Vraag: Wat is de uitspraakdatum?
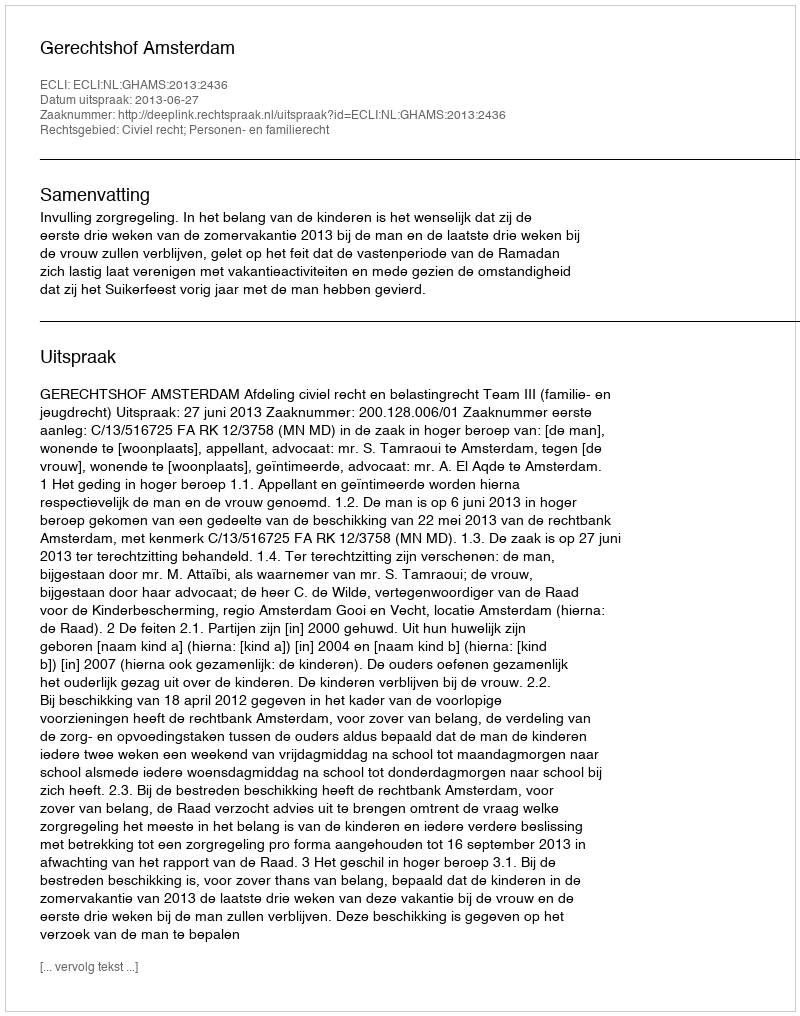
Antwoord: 2013-06-27